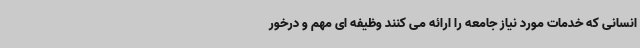
انسانی که خدمات مورد نیاز جامعه را ارائه می کنند وظیفه ای مهم و درخور